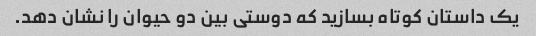
یک داستان کوتاه بسازید که دوستی بین دو حیوان را نشان دهد.